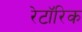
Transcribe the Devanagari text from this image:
रेटॉरिक